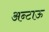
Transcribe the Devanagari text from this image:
अन्टाऊ